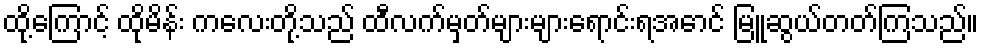
ထို့ကြောင့် ထိုမိန်း ကလေးတို့သည် ထီလက်မှတ်များများရောင်းရအောင် မြူဆွယ်တတ်ကြသည်။